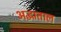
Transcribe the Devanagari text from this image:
अद्धाताल